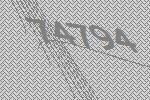
74794